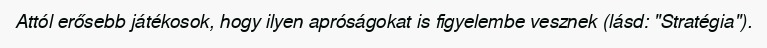
Attól erősebb játékosok, hogy ilyen apróságokat is figyelembe vesznek (lásd: "Stratégia").